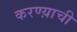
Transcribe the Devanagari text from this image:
करण्य़ाची